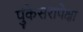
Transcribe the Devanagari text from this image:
पुंकेसरापेक्षा